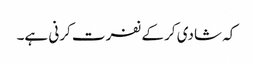
کہ شادی کر کے نفرت کرنی ہے۔